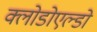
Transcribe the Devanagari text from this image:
क्लोडोएल्डो